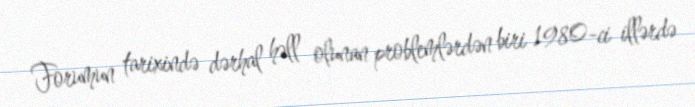
Forumun tarixində dərhal həll olunan problemlərdən biri 1980-ci illərdə